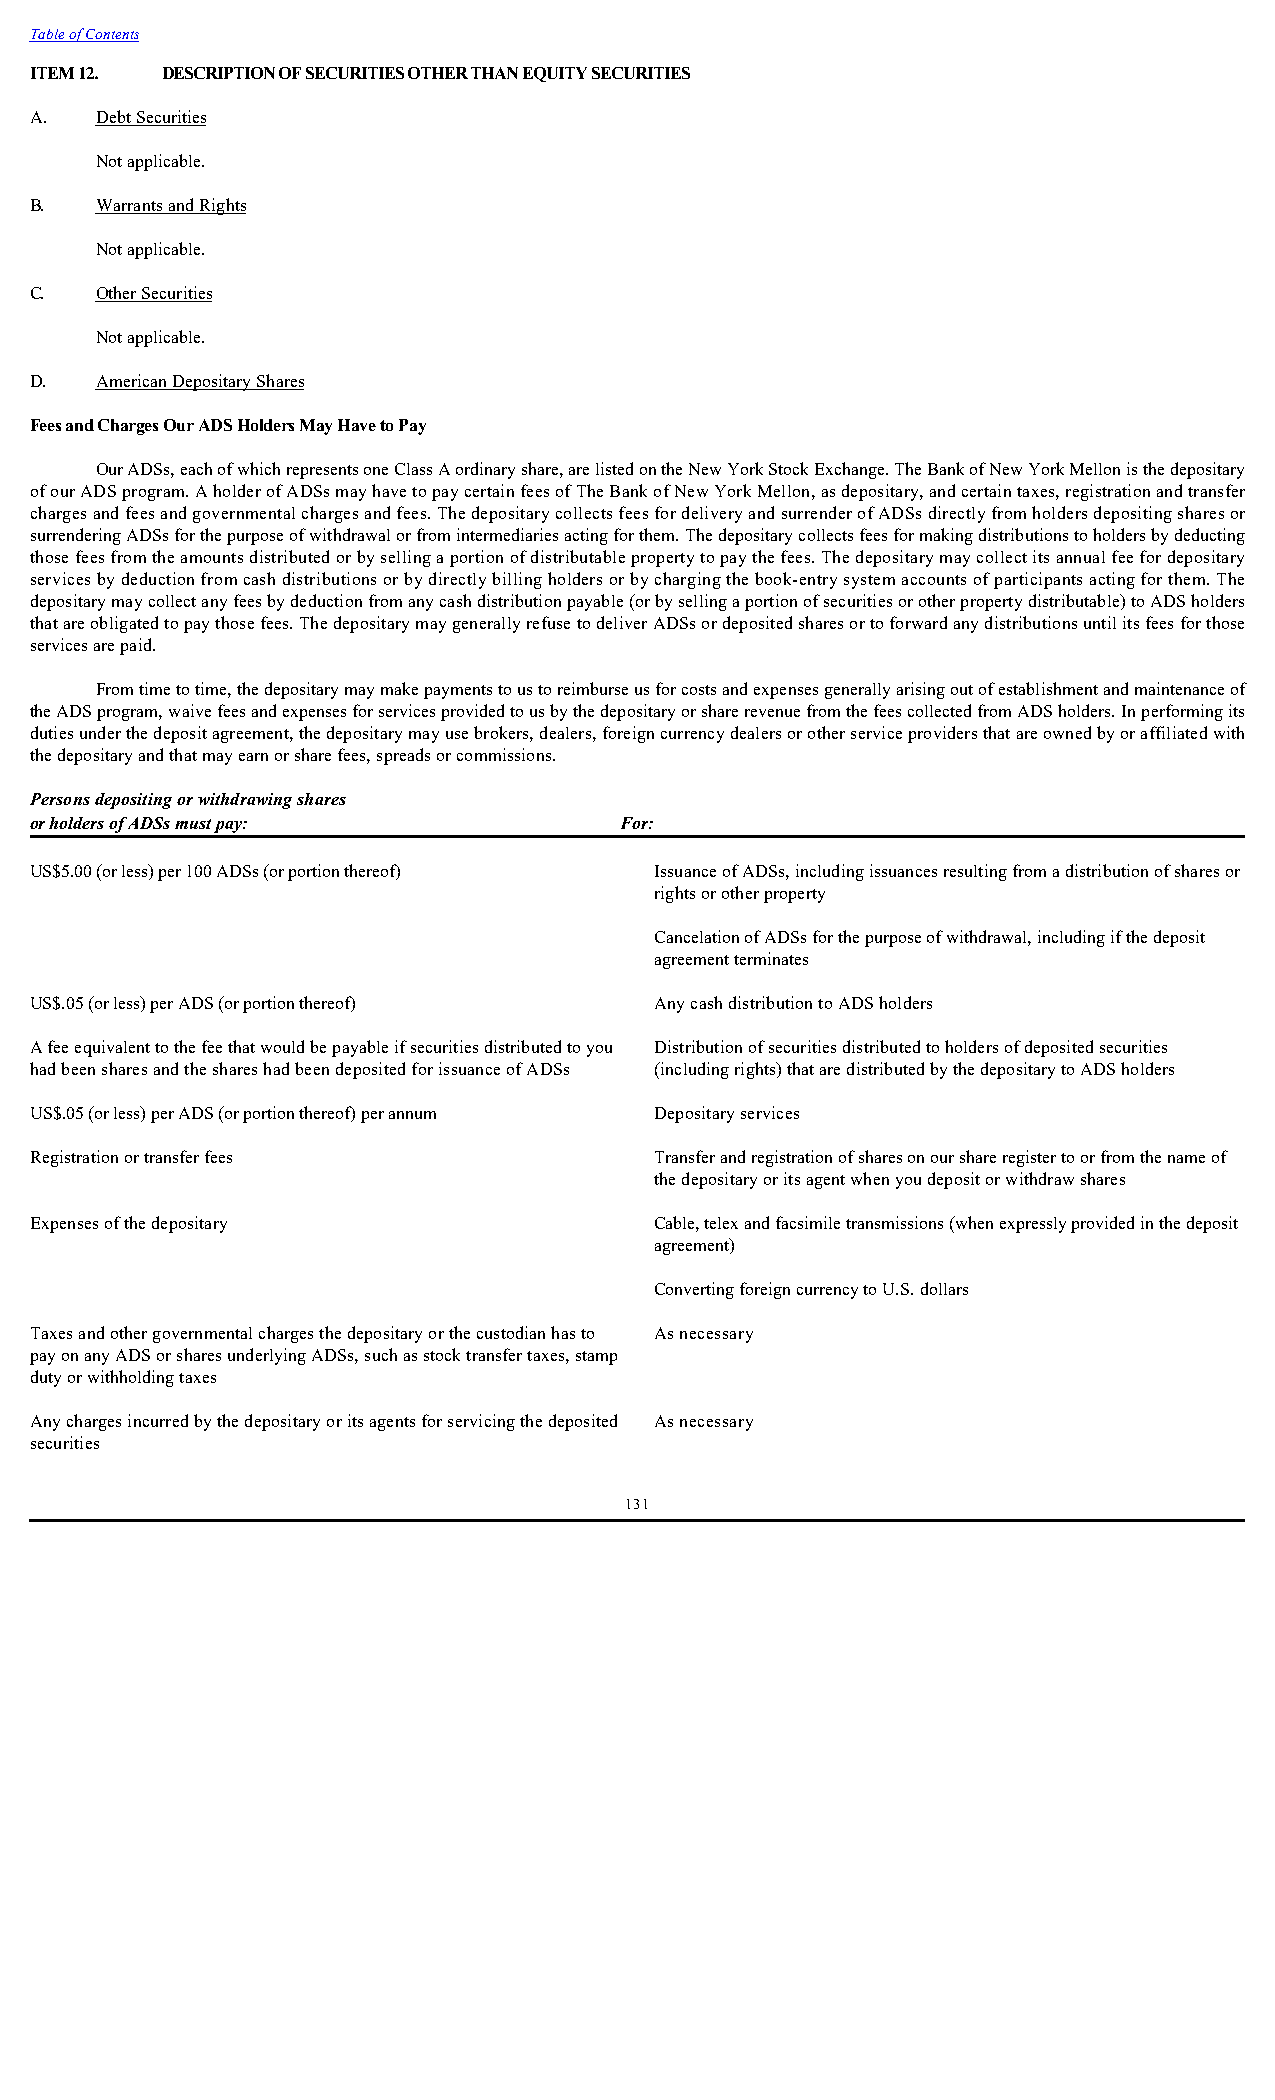
Table of Contents
 ITEM 12. DESCRIPTION OF SECURITIES OTHER THAN EQUITY SECURITIES
 A.  Debt Securities
 Not applicable.
 B.  Warrants and Rights
 Not applicable.
 C.  Other Securities
 Not applicable.
 D.  American Depositary Shares
 Fees and Charges Our ADS Holders May Have to Pay
 Our ADSs, each of which represents one Class A ordinary share, are listed on the New York Stock Exchange. The Bank of New York Mellon is the depositary
 of our ADS program. A holder of ADSs may have to pay certain fees of The Bank of New York Mellon, as depositary, and certain taxes, registration and transfer
 charges and fees and governmental charges and fees. The depositary collects fees for delivery and surrender of ADSs directly from holders depositing shares or
 surrendering ADSs for the purpose of withdrawal or from intermediaries acting for them. The depositary collects fees for making distributions to holders by deducting
 those fees from the amounts distributed or by selling a portion of distributable property to pay the fees. The depositary may collect its annual fee for depositary
 services by deduction from cash distributions or by directly billing holders or by charging the book-entry system accounts of participants acting for them. The
 depositary may collect any fees by deduction from any cash distribution payable (or by selling a portion of securities or other property distributable) to ADS holders
 that are obligated to pay those fees. The depositary may generally refuse to deliver ADSs or deposited shares or to forward any distributions until its fees for those
 services are paid.
 From time to time, the depositary may make payments to us to reimburse us for costs and expenses generally arising out of establishment and maintenance of
 the ADS program, waive fees and expenses for services provided to us by the depositary or share revenue from the fees collected from ADS holders. In performing its
 duties under the deposit agreement, the depositary may use brokers, dealers, foreign currency dealers or other service providers that are owned by or affiliated with
 the depositary and that may earn or share fees, spreads or commissions.
 Persons depositing or withdrawing shares
 or holders of ADSs must pay:           For:
 US$5.00 (or less) per 100 ADSs (or portion thereof) Issuance of ADSs, including issuances resulting from a distribution of shares or
 rights or other property
 Cancelation of ADSs for the purpose of withdrawal, including if the deposit
 agreement terminates
 US$.05 (or less) per ADS (or portion thereof) Any cash distribution to ADS holders
 A fee equivalent to the fee that would be payable if securities distributed to you Distribution of securities distributed to holders of deposited securities
 had been shares and the shares had been deposited for issuance of ADSs (including rights) that are distributed by the depositary to ADS holders
 US$.05 (or less) per ADS (or portion thereof) per annum Depositary services
 Registration or transfer fees            Transfer and registration of shares on our share register to or from the name of
 the depositary or its agent when you deposit or withdraw shares
 Expenses of the depositary               Cable, telex and facsimile transmissions (when expressly provided in the deposit
 agreement)
 Converting foreign currency to U.S. dollars
 Taxes and other governmental charges the depositary or the custodian has to As necessary
 pay on any ADS or shares underlying ADSs, such as stock transfer taxes, stamp
 duty or withholding taxes
 Any charges incurred by the depositary or its agents for servicing the deposited As necessary
 securities
 131